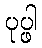
ပုပ္ဖါ